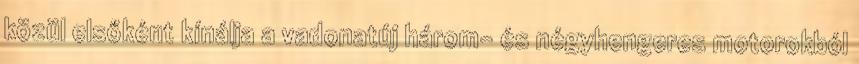
közül elsőként kínálja a vadonatúj három- és négyhengeres motorokból